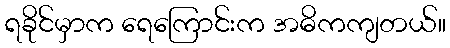
ရခိုင်မှာက ရေကြောင်းက အဓိကကျတယ်။